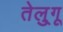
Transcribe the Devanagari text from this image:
तेलु्गू